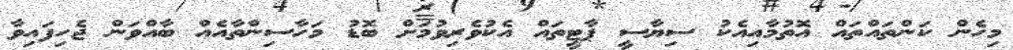
މިހެން ކަންތައްތައް އޮތުމާއިއެކު ސިޔާސީ ޕާޓީތައް އެކުވެރިވުމަށް ބޮޑު މަހާސިންތާއެއް ބާއްވަން ޖެހިފައިވާ